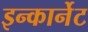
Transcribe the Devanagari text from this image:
इन्कार्नेट